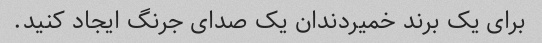
برای یک برند خمیردندان یک صدای جرنگ ایجاد کنید.